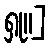
ရှု။]